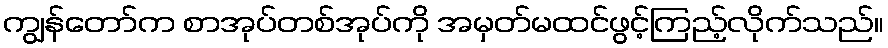
ကျွန်တော်က စာအုပ်တစ်အုပ်ကို အမှတ်မထင်ဖွင့်ကြည့်လိုက်သည်။